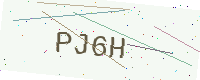
Text: PJ6H